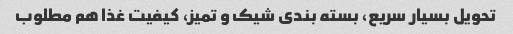
تحویل بسیار سریع، بسته بندی شیک و تمیز، کیفیت غذا هم مطلوب